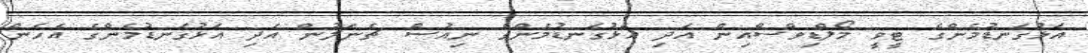
އަޅުގަނޑުމެންގެ ޓީވީ މޯލްޑިވްސްއިން އަދި އަޅުގަނޑުމެންގެ ނިއުސް ޗެނަލުން އަދި އަޅުގަނޑުމެންގެ އެހެން